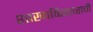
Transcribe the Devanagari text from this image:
शाखाविस्ताराची